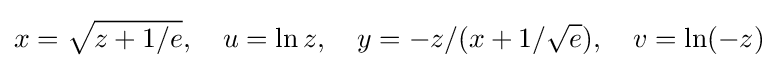
x={\sqrt {z+1/e}},\quad u=\ln {z},\quad y=-z/(x+1/{\sqrt {e}}),\quad v=\ln(-z)